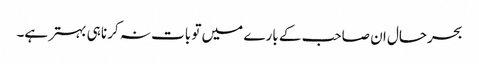
بحرحال ان صاحب کے بارے میں تو بات نہ کرنا ہی بہتر ہے۔